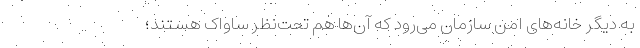
به دیگر خانه‌های امن سازمان می‌رود که آن‌ها هم تحت‌نظر ساواک هستند؛